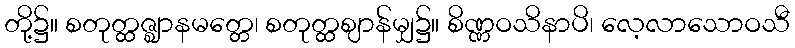
တို့၌။ စတုတ္ထဇ္ဈာနမတ္တေ၊ စတုတ္ထဈာန်မျှ၌။ စိဏ္ဏဝသိနာပိ၊ လေ့လာသောဝသီ